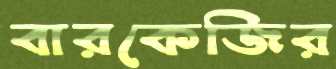
বারকেজির